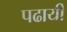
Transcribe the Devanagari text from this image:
पढायी